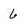
Character: 6